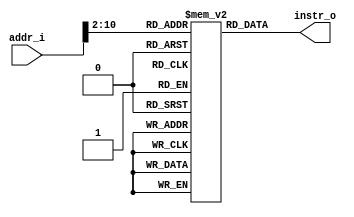
module Instruction_Memory
(
    addr_i,
    instr_o
);

// Interface
input   [31:0]      addr_i;
output  [31:0]      instr_o;

// Instruction memory
reg     [31:0]      memory  [0:511];

assign  instr_o = memory[addr_i>>2];

endmodule